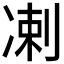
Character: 𫥑